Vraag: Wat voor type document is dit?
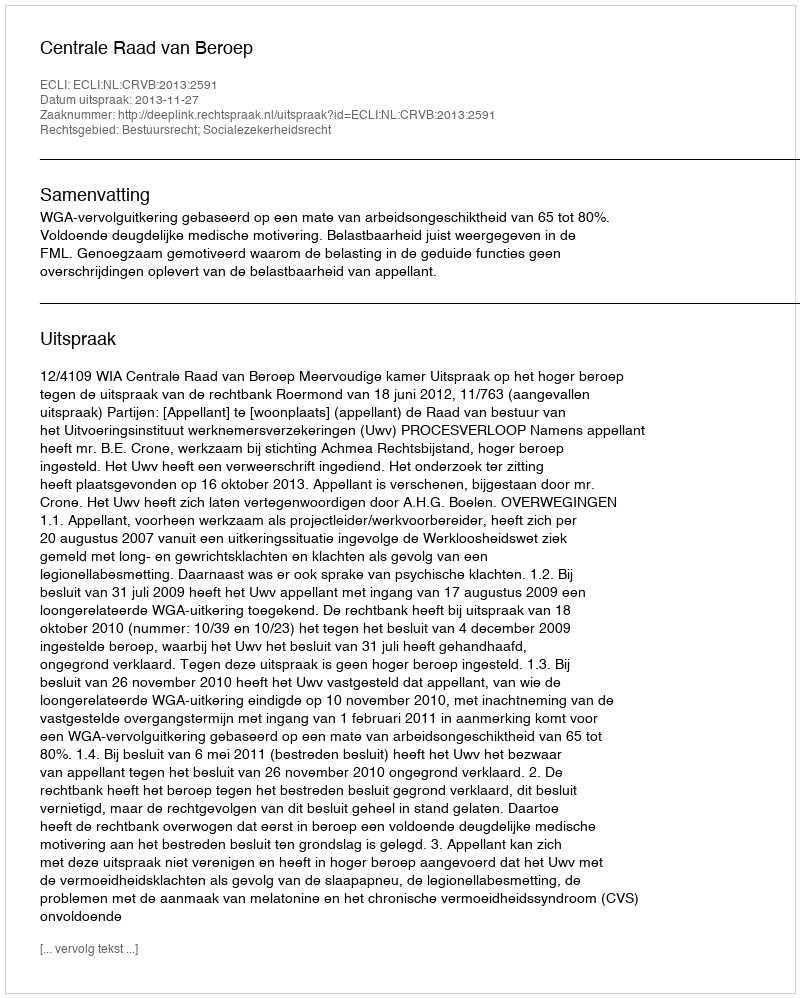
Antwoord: Uitspraak